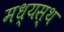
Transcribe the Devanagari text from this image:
मध्‍यस्‍थ